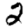
Digit: 2